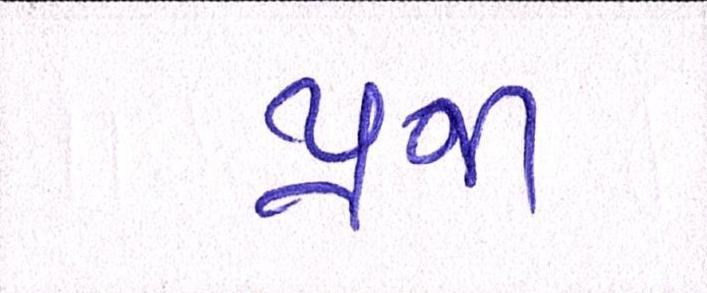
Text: પ્રજા